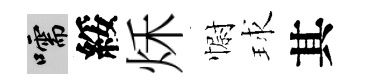
嚅綏秌𢠢球其